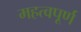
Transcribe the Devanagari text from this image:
महत्वपूर्ण